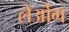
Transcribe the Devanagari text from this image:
लेओंग